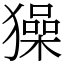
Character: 𤢖